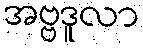
အဗ္ဗဒူလာ